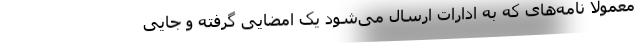
معمولاً نامه‌های که به ادارات ارسال می‌شود یک امضایی گرفته و جایی